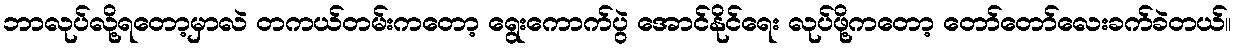
ဘာလုပ်လို့ရတော့မှာလဲ တကယ်တမ်းကတော့ ရွေးကောက်ပွဲ အောင်နိုင်ရေး လုပ်ဖို့ကတော့ တော်တော်လေးခက်ခဲတယ်။